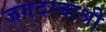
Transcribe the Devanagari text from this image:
जगदम्बाश्री